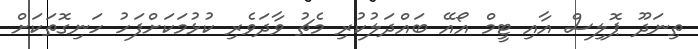
ތިނަދޫ ޕޮލިސް އާއި ޓީމް އޯއޭ ބައްދަލުކުރި މެޗު ވާދަވެރި ކުޅުމަކަށްފަހު ހަނިގޮތަކަށް